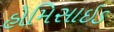
હોમિસાઇડ